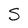
Character: S